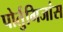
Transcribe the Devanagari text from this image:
पोर्तुगिजांस